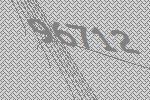
96712